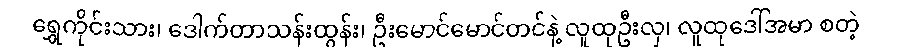
ရွှေကိုင်းသား၊ ဒေါက်တာသန်းထွန်း၊ ဦးမောင်မောင်တင်နဲ့ လူထုဦးလှ၊ လူထုဒေါ်အမာ စတဲ့